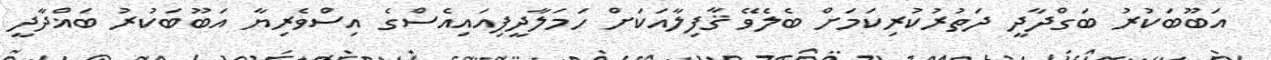
އަބޫބަކުރު ބަގްދާދީ ދަތުރުކުރިކަމަށް ބެލެވޭ ޤާފިލާއަކަށް ހަމަލާދީފިއައިއެސްގެ އިސްވެރިޔާ އަބޫބަކުރު ބަޣްދާދީ